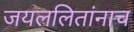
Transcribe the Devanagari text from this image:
जयललितांनाच